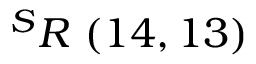
^ { S } R \ ( 1 4 , 1 3 )